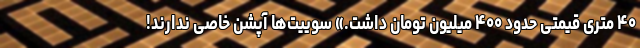
۴۰ متری قیمتی حدود ۴۰۰ میلیون تومان داشت.» سوییت‌ها آپشن خاصی ندارند!